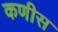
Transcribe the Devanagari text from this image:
कणीस